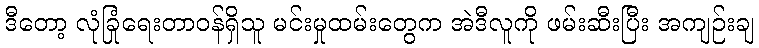
ဒီတော့ လုံခြုံရေးတာဝန်ရှိသူ မင်းမှုထမ်းတွေက အဲဒီလူကို ဖမ်းဆီးပြီး အကျဉ်းချ